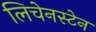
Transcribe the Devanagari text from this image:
लिचेनस्टेन